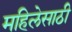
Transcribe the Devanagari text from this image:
महिलेसाठी